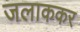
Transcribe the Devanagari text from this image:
जलाककर